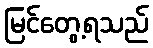
မြင်တွေ့ရသည်